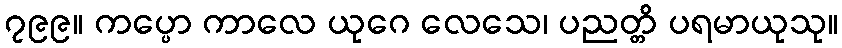
၇၉၉။ ကပ္ပော ကာလေ ယုဂေ လေသေ၊ ပညတ္တိ ပရမာယုသု။